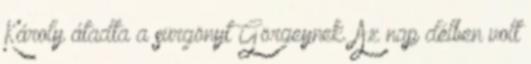
Károly átadta a sürgönyt Görgeynek. Az nap délben volt